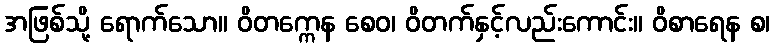
အဖြစ်သို့ ရောက်သော။ ဝိတက္ကေန စေဝ၊ ဝိတက်နှင့်လည်းကောင်း။ ဝိစာရေန စ၊